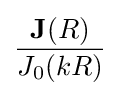
{\frac {\mathbf {J} (R)}{J_{0}(kR)}}